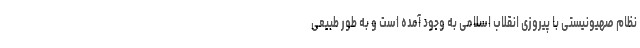
نظام صهیونیستی با پیروزی انقلاب اسلامی به وجود آمده است و به طور طبیعی